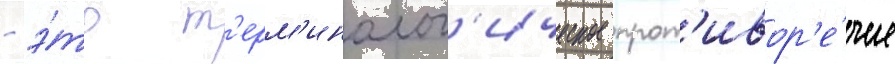
- э́то т'ерм'инолог'ическое прот'ивор'е́чие